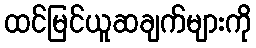
ထင်မြင်ယူဆချက်များကို